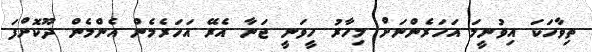
ތިވާހަކަ އިވުނީމަ އަހަރެންނަށް މިހާރު ހީވަނީ ޖަނާ އެރޭ އަހަރެމެން އެންމެން ދޫކޮށްފަ